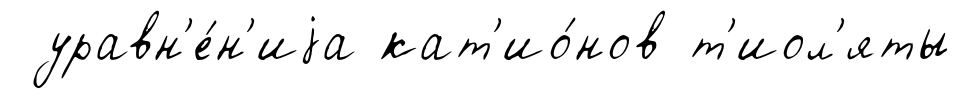
уравн'е́н'иjа кат'ио́нов т'иол'яты